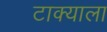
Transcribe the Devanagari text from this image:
टाक्याला